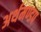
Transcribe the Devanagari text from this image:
अर्थमण्डप